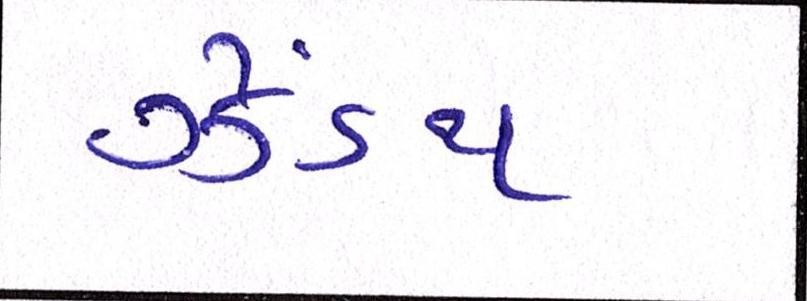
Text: ઝેંઽથ